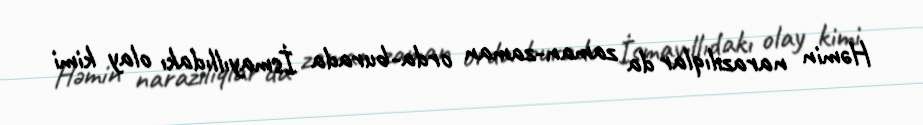
Həmin narazılıqlar da zaman-zaman orda-burada İsmayıllıdakı olay kimi